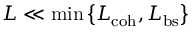
L \ll \operatorname* { m i n } \left\{ L _ { \mathrm { c o h } } , L _ { \mathrm { b s } } \right\}